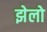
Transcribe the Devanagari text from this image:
झेलो